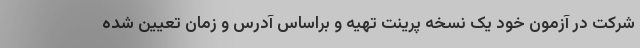
شرکت در آزمون خود یک نسخه پرینت تهیه و براساس آدرس و زمان تعیین شده